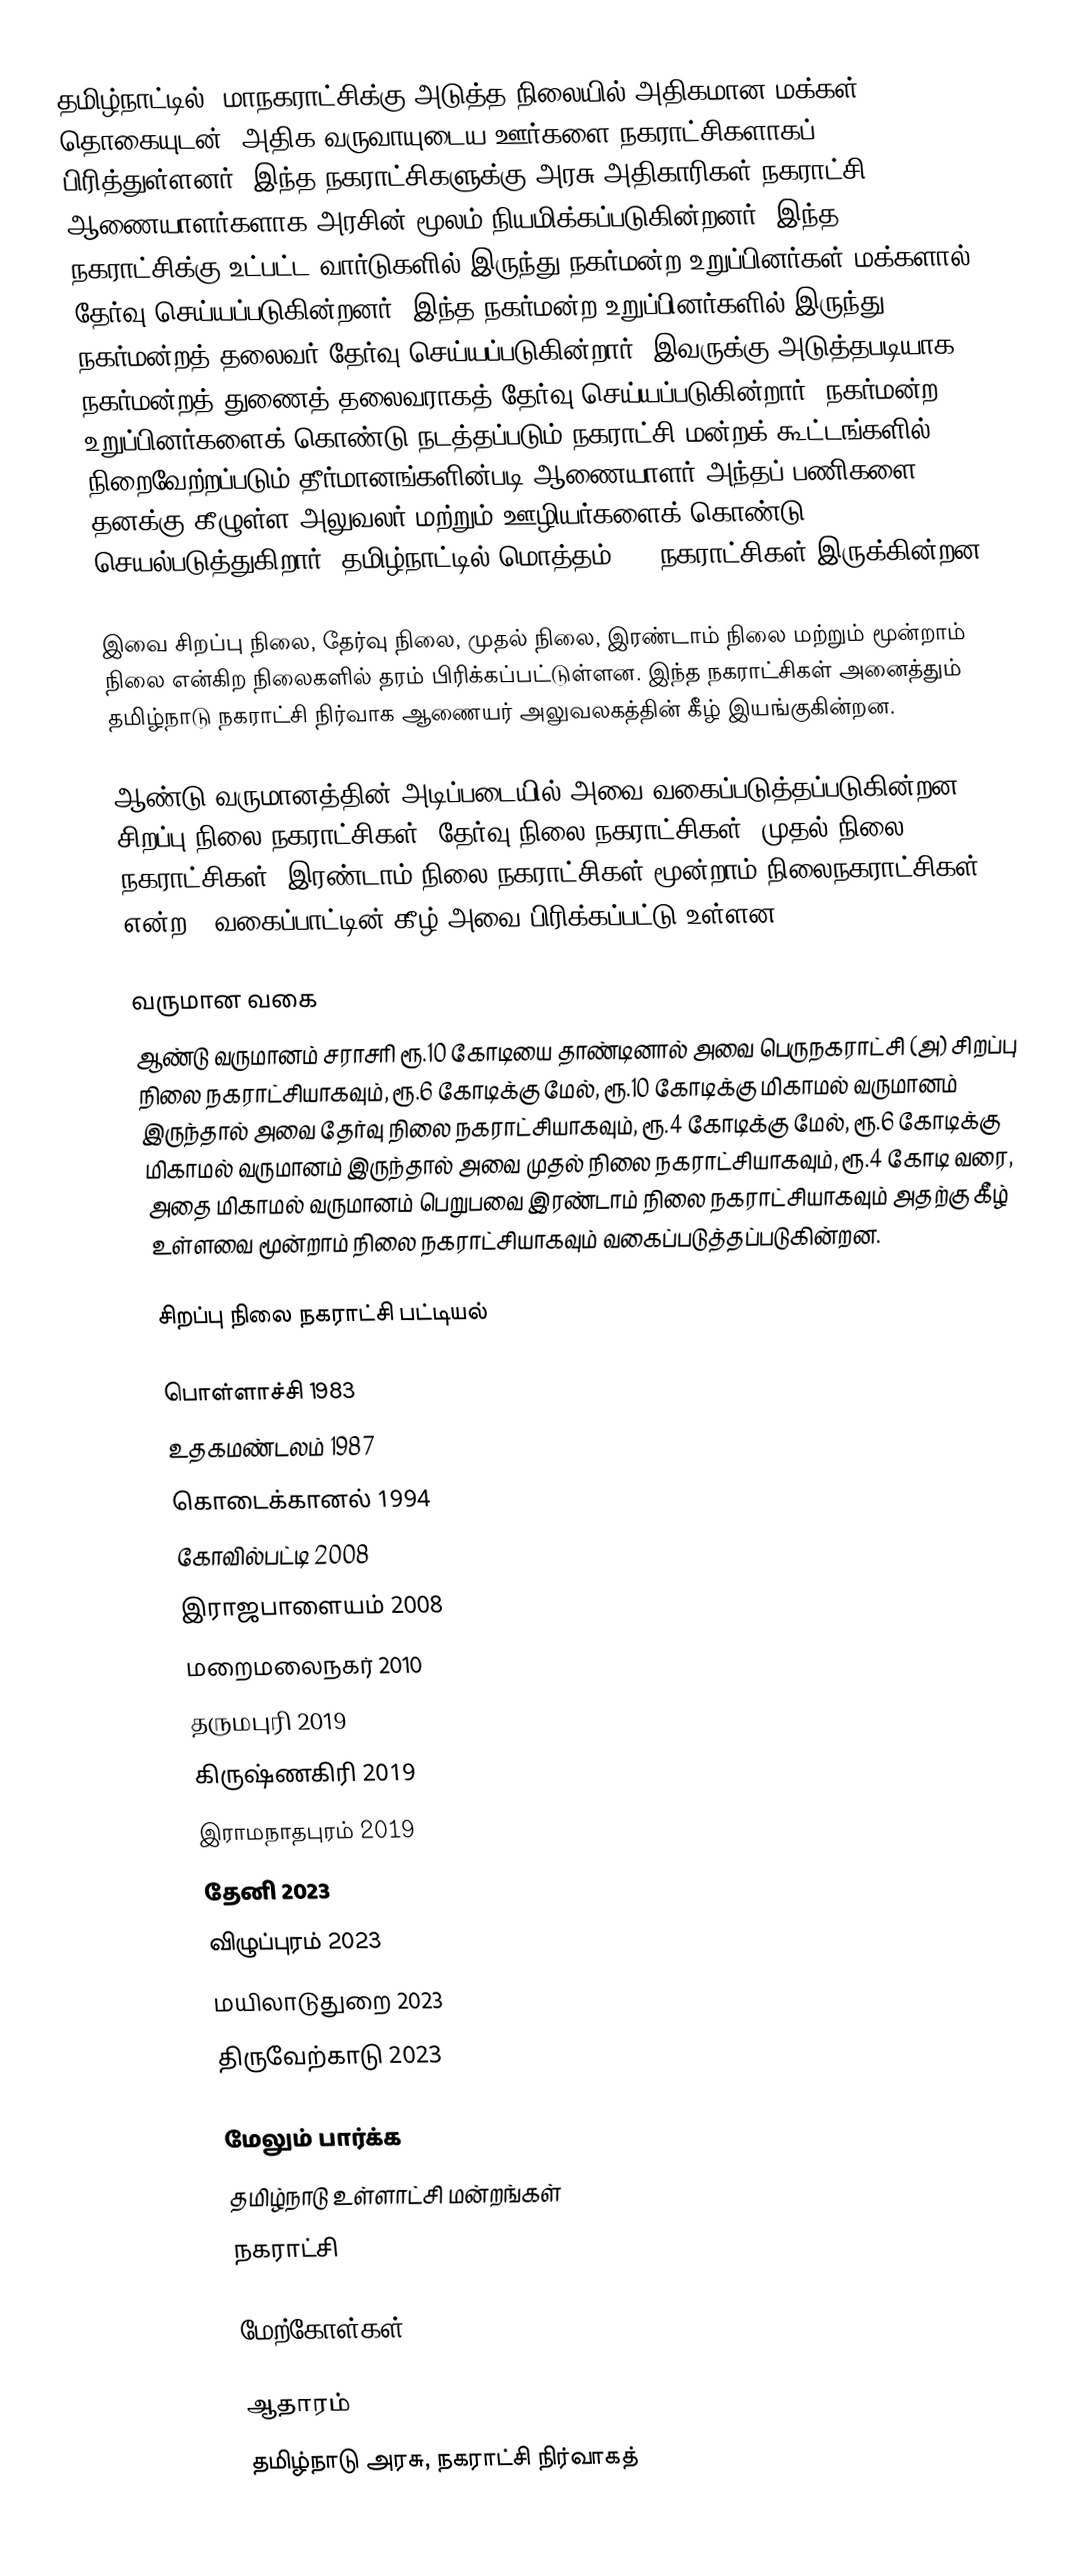
தமிழ்நாட்டில், மாநகராட்சிக்கு அடுத்த நிலையில் அதிகமான மக்கள் தொகையுடன், அதிக வருவாயுடைய ஊர்களை நகராட்சிகளாகப் பிரித்துள்ளனர். இந்த நகராட்சிகளுக்கு அரசு அதிகாரிகள் நகராட்சி ஆணையாளர்களாக அரசின் மூலம் நியமிக்கப்படுகின்றனர். இந்த நகராட்சிக்கு உட்பட்ட வார்டுகளில் இருந்து நகர்மன்ற உறுப்பினர்கள் மக்களால் தேர்வு செய்யப்படுகின்றனர். இந்த நகர்மன்ற உறுப்பினர்களில் இருந்து நகர்மன்றத் தலைவர் தேர்வு செய்யப்படுகின்றார். இவருக்கு அடுத்தபடியாக நகர்மன்றத் துணைத் தலைவராகத் தேர்வு செய்யப்படுகின்றார். நகர்மன்ற உறுப்பினர்களைக் கொண்டு நடத்தப்படும் நகராட்சி மன்றக் கூட்டங்களில் நிறைவேற்றப்படும் தீர்மானங்களின்படி ஆணையாளர் அந்தப் பணிகளை தனக்கு கீழுள்ள அலுவலர் மற்றும் ஊழியர்களைக் கொண்டு செயல்படுத்துகிறார். தமிழ்நாட்டில் மொத்தம் 148 நகராட்சிகள் இருக்கின்றன.

இவை சிறப்பு நிலை, தேர்வு நிலை, முதல் நிலை, இரண்டாம் நிலை மற்றும் மூன்றாம் நிலை என்கிற நிலைகளில் தரம் பிரிக்கப்பட்டுள்ளன. இந்த நகராட்சிகள் அனைத்தும் தமிழ்நாடு நகராட்சி நிர்வாக ஆணையர் அலுவலகத்தின் கீழ் இயங்குகின்றன.

ஆண்டு வருமானத்தின் அடிப்படையில் அவை வகைப்படுத்தப்படுகின்றன. சிறப்பு நிலை நகராட்சிகள், தேர்வு நிலை நகராட்சிகள், முதல் நிலை நகராட்சிகள், இரண்டாம் நிலை நகராட்சிகள்,மூன்றாம் நிலைநகராட்சிகள்  என்ற 5 வகைப்பாட்டின் கீழ் அவை பிரிக்கப்பட்டு உள்ளன.

வருமான வகை
ஆண்டு வருமானம் சராசரி ரூ.10 கோடியை தாண்டினால் அவை பெருநகராட்சி (அ) சிறப்பு நிலை நகராட்சியாகவும், ரூ.6 கோடிக்கு மேல், ரூ.10 கோடிக்கு மிகாமல் வருமானம் இருந்தால் அவை தேர்வு நிலை நகராட்சியாகவும், ரூ.4 கோடிக்கு மேல், ரூ.6 கோடிக்கு மிகாமல் வருமானம் இருந்தால் அவை முதல் நிலை நகராட்சியாகவும், ரூ.4 கோடி வரை, அதை மிகாமல் வருமானம் பெறுபவை இரண்டாம் நிலை நகராட்சியாகவும் அதற்கு கீ்ழ் உள்ளவை மூன்றாம் நிலை நகராட்சியாகவும்  வகைப்படுத்தப்படுகின்றன.

சிறப்பு நிலை நகராட்சி பட்டியல்

பொள்ளாச்சி 1983
உதகமண்டலம் 1987
கொடைக்கானல் 1994
கோவில்பட்டி 2008
இராஜபாளையம் 2008
மறைமலைநகர் 2010
தருமபுரி 2019
கிருஷ்ணகிரி 2019
இராமநாதபுரம் 2019
தேனி 2023
விழுப்புரம் 2023
மயிலாடுதுறை 2023
திருவேற்காடு 2023

மேலும் பார்க்க
 தமிழ்நாடு உள்ளாட்சி மன்றங்கள்
 நகராட்சி

மேற்கோள்கள்

ஆதாரம்
 தமிழ்நாடு அரசு, நகராட்சி நிர்வாகத்